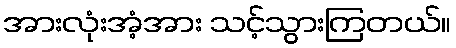
အားလုံးအံ့အား သင့်သွားကြတယ်။